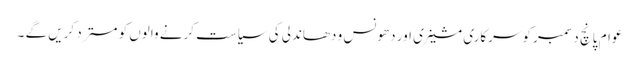
عوام پانچ دسمبرکو سرکاری مشینری اور دھونس و دھاندلی کی سیاست کرنے والوں کو مستر د کریں گے ۔